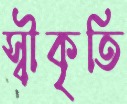
স্বীকৃতি